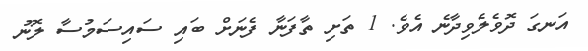
އަނގަ ދޮވެލެވިދާނެ އެވެ. 1 ތަށި ތާފަނާ ފެނަށް ބައި ސައިސަމުސާ ލޮނު